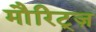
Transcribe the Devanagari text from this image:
मौरिट्ज़